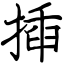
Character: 揷